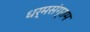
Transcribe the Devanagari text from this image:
धर्मसंग्राम